Vaccination in Burma 1920-1933 - 1920-1933
Year: 1920
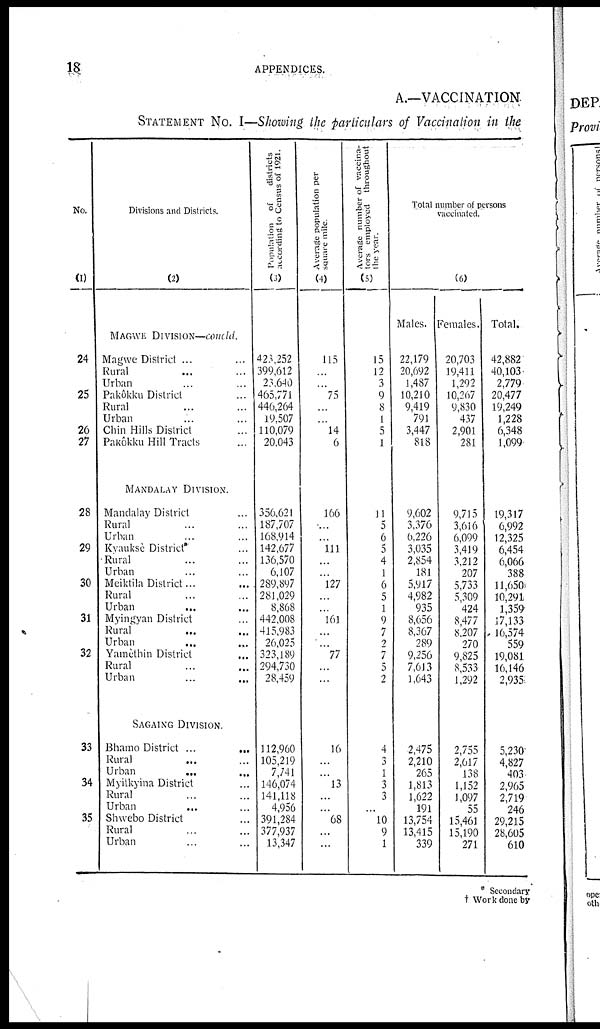
18
APPENDICES.
A.—VACCINATION
STATEMENT No. I—Showing the particulars of Vaccination in the
No.
(1)
24
25
26
27
28
29
30
31
32
33
34
35
Divisions and Districts.
(2)
MAGWE DIVISION—concld.
Magwe District ... ...
Rural ... ...
Urban ... ...
Pakôkku District ...
Rural ... ...
Urban ... ...
Chin Hills District ...
Pakôkku Hill Tracts ...
MANDALAY DIVISION.
Mandalay District ...
Rural ... ...
Urban ... ...
Kyauksè District ...
Rural ... ...
Urban ... ...
Meiktila District... ...
Rural ... ...
Urban ... ...
Myingyan District ...
Rural ... ...
Urban ... ...
Yamèthin District ...
Rural ... ...
Urban ... ...
SAGAING DIVISION.
Bhamo District ...
...
Rural ... ...
Urban
... ...
Myitkyina District ...
Rural ... ...
Urban
... ...
Shwebo District ...
Rural ... ...
Urban ... ...
Population of
districts
according to Census of 1921.
(3)
423,252
399,612
23,640
465,771
446,264
19,507
110,079
20,043
356,621
187,707
168,914
142,677
136,570
6,107
289,897
281,029
8,868
442,008
415,983
26,025
323,189
294,730
28,459
112,960
105,219
7,741
146,074
141,118
4,956
391,284
377,937
13,347
Average population per
square mile.
(4)
115
...
...
75
...
...
14
6
166
...
...
111
...
...
127
...
...
161
...
...
77
...
...
16
...
...
13
...
...
68
...
...
Average number of vaccina-
tors employed throughout
the year.
(5)
15
12
3
9
8
1
5
1
11
5
6
5
4
1
6
5
1
9
7
2
7
5
2
4
3
1
3
3
...
10
9
1
Total number of persons
vaccinated.
(6)
Males.
22,179
20,692
1,487
10,210
9,419
791
3,447
818
9,602
3,376
6,226
3,035
2,854
181
5,917
4,982
935
8,656
8,367
289
9,256
7,613
1,643
2,475
2,210
265
1,813
1,622
191
13,754
13,415
339
Females.
20,703
19,411
1,292
10,267
9,830
437
2,901
281
9,715
3,616
6,099
3,419
3,212
207
5,733
5,309
424
8,477
8,207
270
9,825
8,533
1,292
2,755
2,617
138
1,152
1,097
55
15,461
15,190
271
Total.
42,882
40,103
2,779
20,477
19,249
1,228
6,348
1,099
19,317
6,992
12,325
6,454
6,066
388
11,650
10,291
1,359
17,133
16,574
559
19,081
16,146
2,935
5,230
4,827
403
2,965
2,719
246
29,215
28,605
610
* Secondary
† Work done by